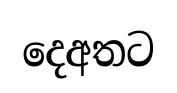
දෙඅතට